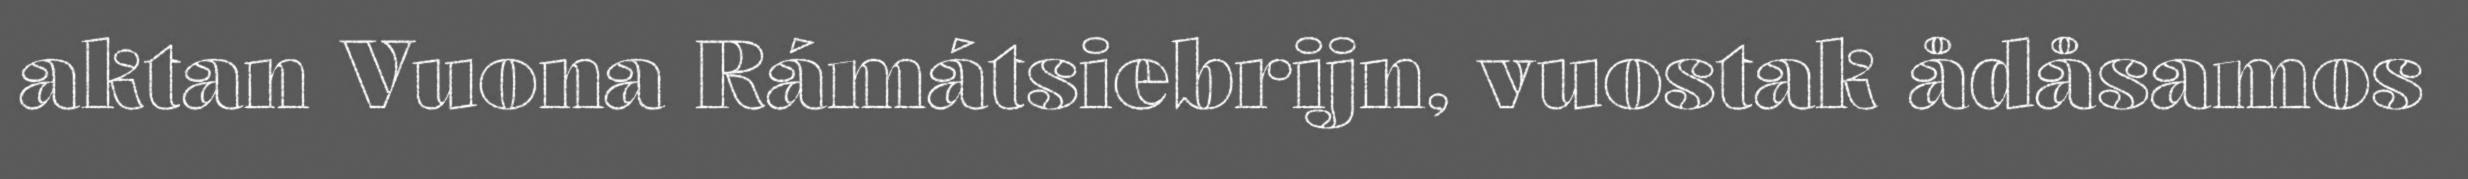
aktan Vuona Rámátsiebrijn, vuostak ådåsamos